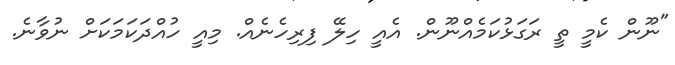
"ނޫން ކެމީ ތީ ރަގަޅުކަމެއްނޫން. އެއީ ހިލޭ ފިރިހެނެއް. މިއީ ހުއްދަކަމަކަށް ނުވާނެ.